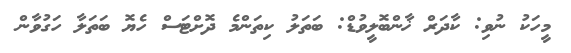
މީހަކު ނުވި: ކާދަރް ޚާންބޮލީވުޑް: ބަތަލު ކިތަންމެ ދޮށްޓަސް ހެޔޮ ބަތަލާ ހަގުވާން